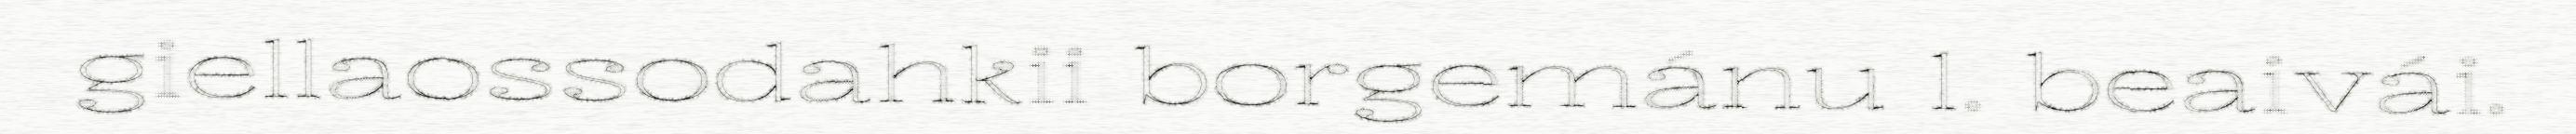
giellaossodahkii borgemánu 1. beaivái.